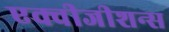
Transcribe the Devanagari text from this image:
एक्वीजीशन्स